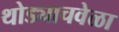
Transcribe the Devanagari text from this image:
थोड्याचवेळा